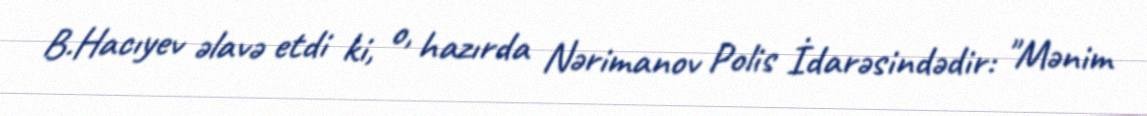
B.Hacıyev əlavə etdi ki, o, hazırda Nərimanov Polis İdarəsindədir: "Mənim